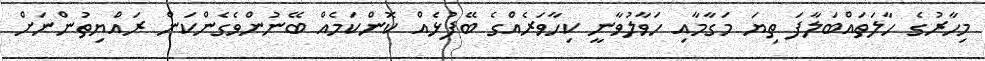
މިހާރުގެ ހާލަތައްބަލާފަ ތިޔަ މަގާމާއި ހަވާލުވާނީ ކިހާވަރެއްގެ ބޭފުޅެއް ކޮންކަމެއް ބޭނުންވެގެންކަން ރައްޔިތުންނަށް